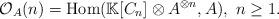
LaTeX: \begin{align*}\mathcal{O}_A(n) = \mathrm{Hom}( \mathbb{K}[C_n] \otimes A^{\otimes n}, A), ~ n \geq 1.\end{align*}